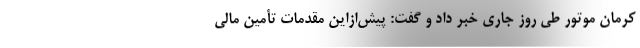
کرمان موتور طی روز جاری خبر داد و گفت: پیش‌ازاین مقدمات تأمین مالی